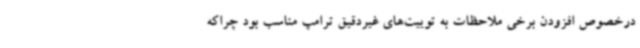
درخصوص افزودن برخی ملاحظات به توییت‌های غیردقیق ترامپ مناسب بود چراکه